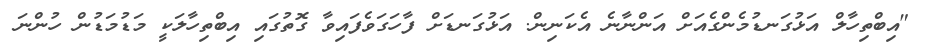
"އިބްތިހާލް އަޅުގަނޑުމެންގެއަށް އަންނާނެ އެކަނިން. އަޅުގަނޑަށް ފާހަގަވެފައިވާ ގޮތުގައި އިބްތިހާލަކީ މަޑުމަޑުން ހުންނަ